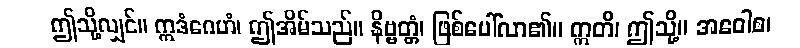
ဤသို့လျှင်။ ဣဒံဂေဟံ၊ ဤအိမ်သည်။ နိဗ္ဗတ္တံ၊ ဖြစ်ပေါ်လာ၏။ ဣတိ၊ ဤသို့။ အဝေါစ၊